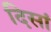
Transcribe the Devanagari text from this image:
दिसां